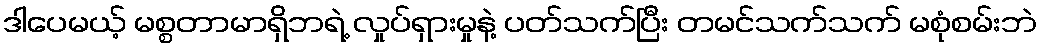
ဒါပေမယ့် မစ္စတာမာရှိဘရဲ့ လှုပ်ရှားမှုနဲ့ ပတ်သက်ပြီး တမင်သက်သက် မစုံစမ်းဘဲ